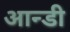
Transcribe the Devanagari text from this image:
आन्डी